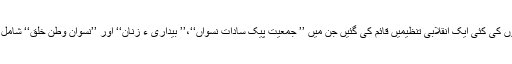
عورتوں کی کئی ایک انقلابی تنظیمیں قائم کی گئیں جن میں ’’ جمعیت پیک ساداتِ نسواں‘‘،’’ بیداری ء زنان‘‘ اور ’’نسوانِ وطن خلق‘‘ شامل تھیں ۔